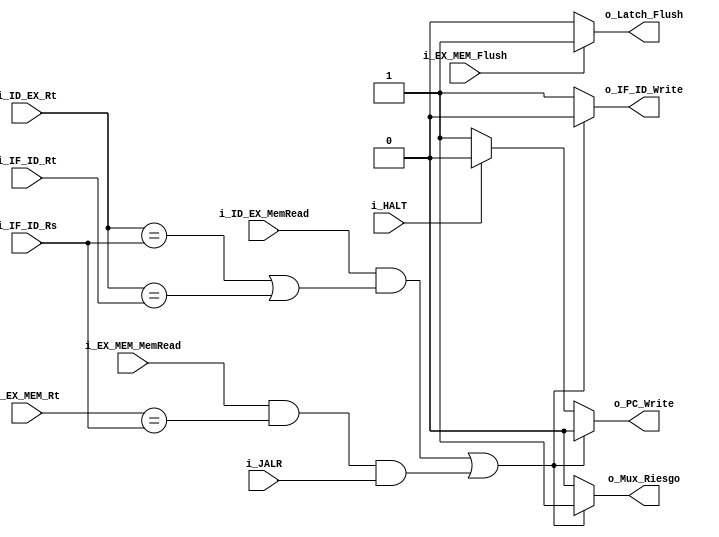
`timescale 1ns / 1ps

module ID_Unidad_Riesgos
    #(
        parameter RNBITS    =   5,
        parameter MUXBITS   =   3
    )
    (
        input   wire                i_ID_EX_MemRead             ,
        input   wire                i_EX_MEM_MemRead            ,
        input   wire                i_JALR                      ,
        input   wire                i_HALT                      ,
        //input   wire                i_ID_Unidad_Control_Jump    ,
        input   wire                i_EX_MEM_Flush              ,
        input   wire [RNBITS-1  :0] i_ID_EX_Rt                  ,
        input   wire [RNBITS-1  :0] i_EX_MEM_Rt                 ,
        input   wire [RNBITS-1  :0] i_IF_ID_Rs                  ,
        input   wire [RNBITS-1  :0] i_IF_ID_Rt                  ,

        output  wire                o_Mux_Riesgo                ,
        output  wire                o_PC_Write                  ,
        output  wire                o_IF_ID_Write               ,
        output  wire                o_Latch_Flush
        //output  wire                o_IF_ID_Flush
    );

    reg Reg_Mux_Riesgo  ;
    reg Reg_PC_Write    ;
    reg Reg_IF_ID_Write ;
    reg Reg_Latch_Flush ;
    reg Reg_IF_ID_Flush ;

    assign  o_Mux_Riesgo    =   Reg_Mux_Riesgo  ;
    assign  o_PC_Write      =   Reg_PC_Write    ;
    assign  o_IF_ID_Write   =   Reg_IF_ID_Write ;
    assign  o_Latch_Flush   =   Reg_Latch_Flush ;
    //assign  o_IF_ID_Flush   =   Reg_IF_ID_Flush ;

    initial
    begin
        Reg_Mux_Riesgo     <=      1'b0;
        Reg_PC_Write       <=      1'b1;
        Reg_IF_ID_Write    <=      1'b1;
        Reg_Latch_Flush    <=      1'b0;
        Reg_IF_ID_Flush    <=      1'b0;
    end

    always @(*)
    begin
        if(i_EX_MEM_Flush)
        begin
            Reg_Latch_Flush      <= 1'b1;
        end
        else
        begin
            Reg_Latch_Flush      <= 1'b0;
        end
    end

    always @(*)
    begin
        if((i_ID_EX_MemRead && ((i_ID_EX_Rt == i_IF_ID_Rs) | (i_ID_EX_Rt == i_IF_ID_Rt))) | ((i_EX_MEM_MemRead && (i_EX_MEM_Rt == i_IF_ID_Rs)) && i_JALR))
        begin
            Reg_Mux_Riesgo      <= 1'b1; //Si hay riesgo 1
            Reg_PC_Write        <= 1'b0; //No escribir (0)
            Reg_IF_ID_Write     <= 1'b0; //No escribir (0)
        end
        else if (i_HALT)
        begin
            Reg_Mux_Riesgo      <= 1'b0;
            Reg_PC_Write        <= 1'b0;
            Reg_IF_ID_Write     <= 1'b1;
        end
        else
        begin
            Reg_Mux_Riesgo      <= 1'b0;
            Reg_PC_Write        <= 1'b1;
            Reg_IF_ID_Write     <= 1'b1;
        end
    end
endmodule